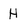
Character: H